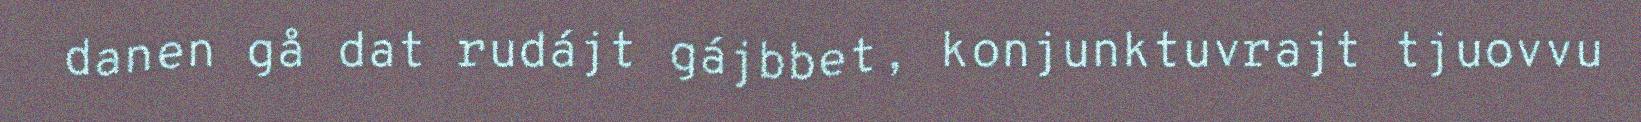
danen gå dat rudájt gájbbet, konjunktuvrajt tjuovvu